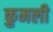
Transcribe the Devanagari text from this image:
कुमली